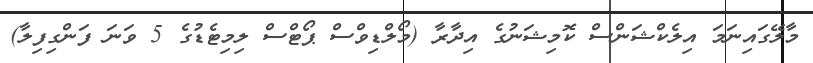
މާލޭގައިނަމަ އިލެކްޝަންސް ކޮމިޝަނުގެ އިދާރާ (މޯލްޑިވްސް ޕޯޓްސް ލިމިޓެޑުގެ 5 ވަނަ ފަންގިފިލާ)